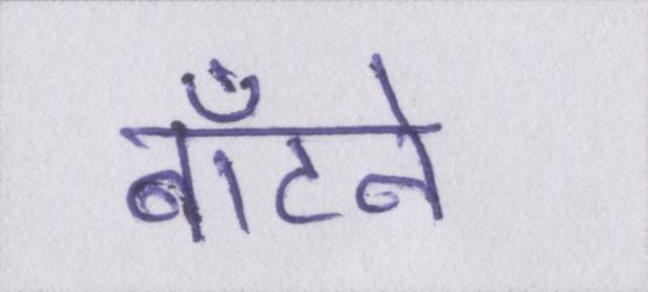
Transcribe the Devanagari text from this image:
बाँटने